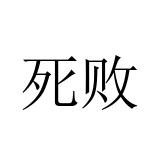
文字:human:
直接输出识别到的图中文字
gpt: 死败